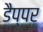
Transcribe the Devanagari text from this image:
डैप्पर